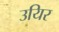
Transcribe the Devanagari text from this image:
उयिर